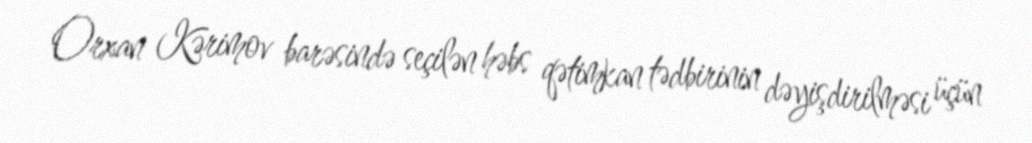
Orxan Kərimov barəsində seçilən həbs qətimkan tədbirinin dəyişdirilməsi üçün